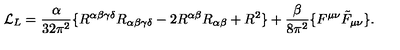
{ \cal L } _ { L } = { \frac { \alpha } { 3 2 \pi ^ { 2 } } } \{ R ^ { \alpha \beta \gamma \delta } R _ { \alpha \beta \gamma \delta } - 2 R ^ { \alpha \beta } R _ { \alpha \beta } + R ^ { 2 } \} + { \frac { \beta } { 8 \pi ^ { 2 } } } \{ F ^ { \mu \nu } \tilde { F } _ { \mu \nu } \} .